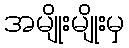
အမျိုးမျိုးမှ